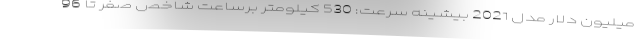
میلیون دلار مدل 2021 بیشینه سرعت: 530 کیلومتر برساعت شاخص صفر تا 96